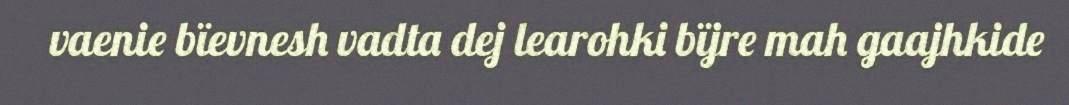
vaenie bïevnesh vadta dej learohki bïjre mah gaajhkide